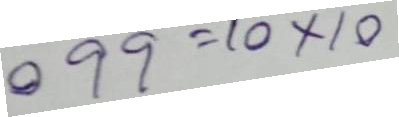
099 = 10 x 10